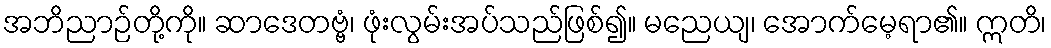
အဘိညာဉ်တို့ကို။ ဆာဒေတဗ္ဗံ၊ ဖုံးလွမ်းအပ်သည်ဖြစ်၍။ မညေယျ၊ အောက်မေ့ရာ၏။ ဣတိ၊